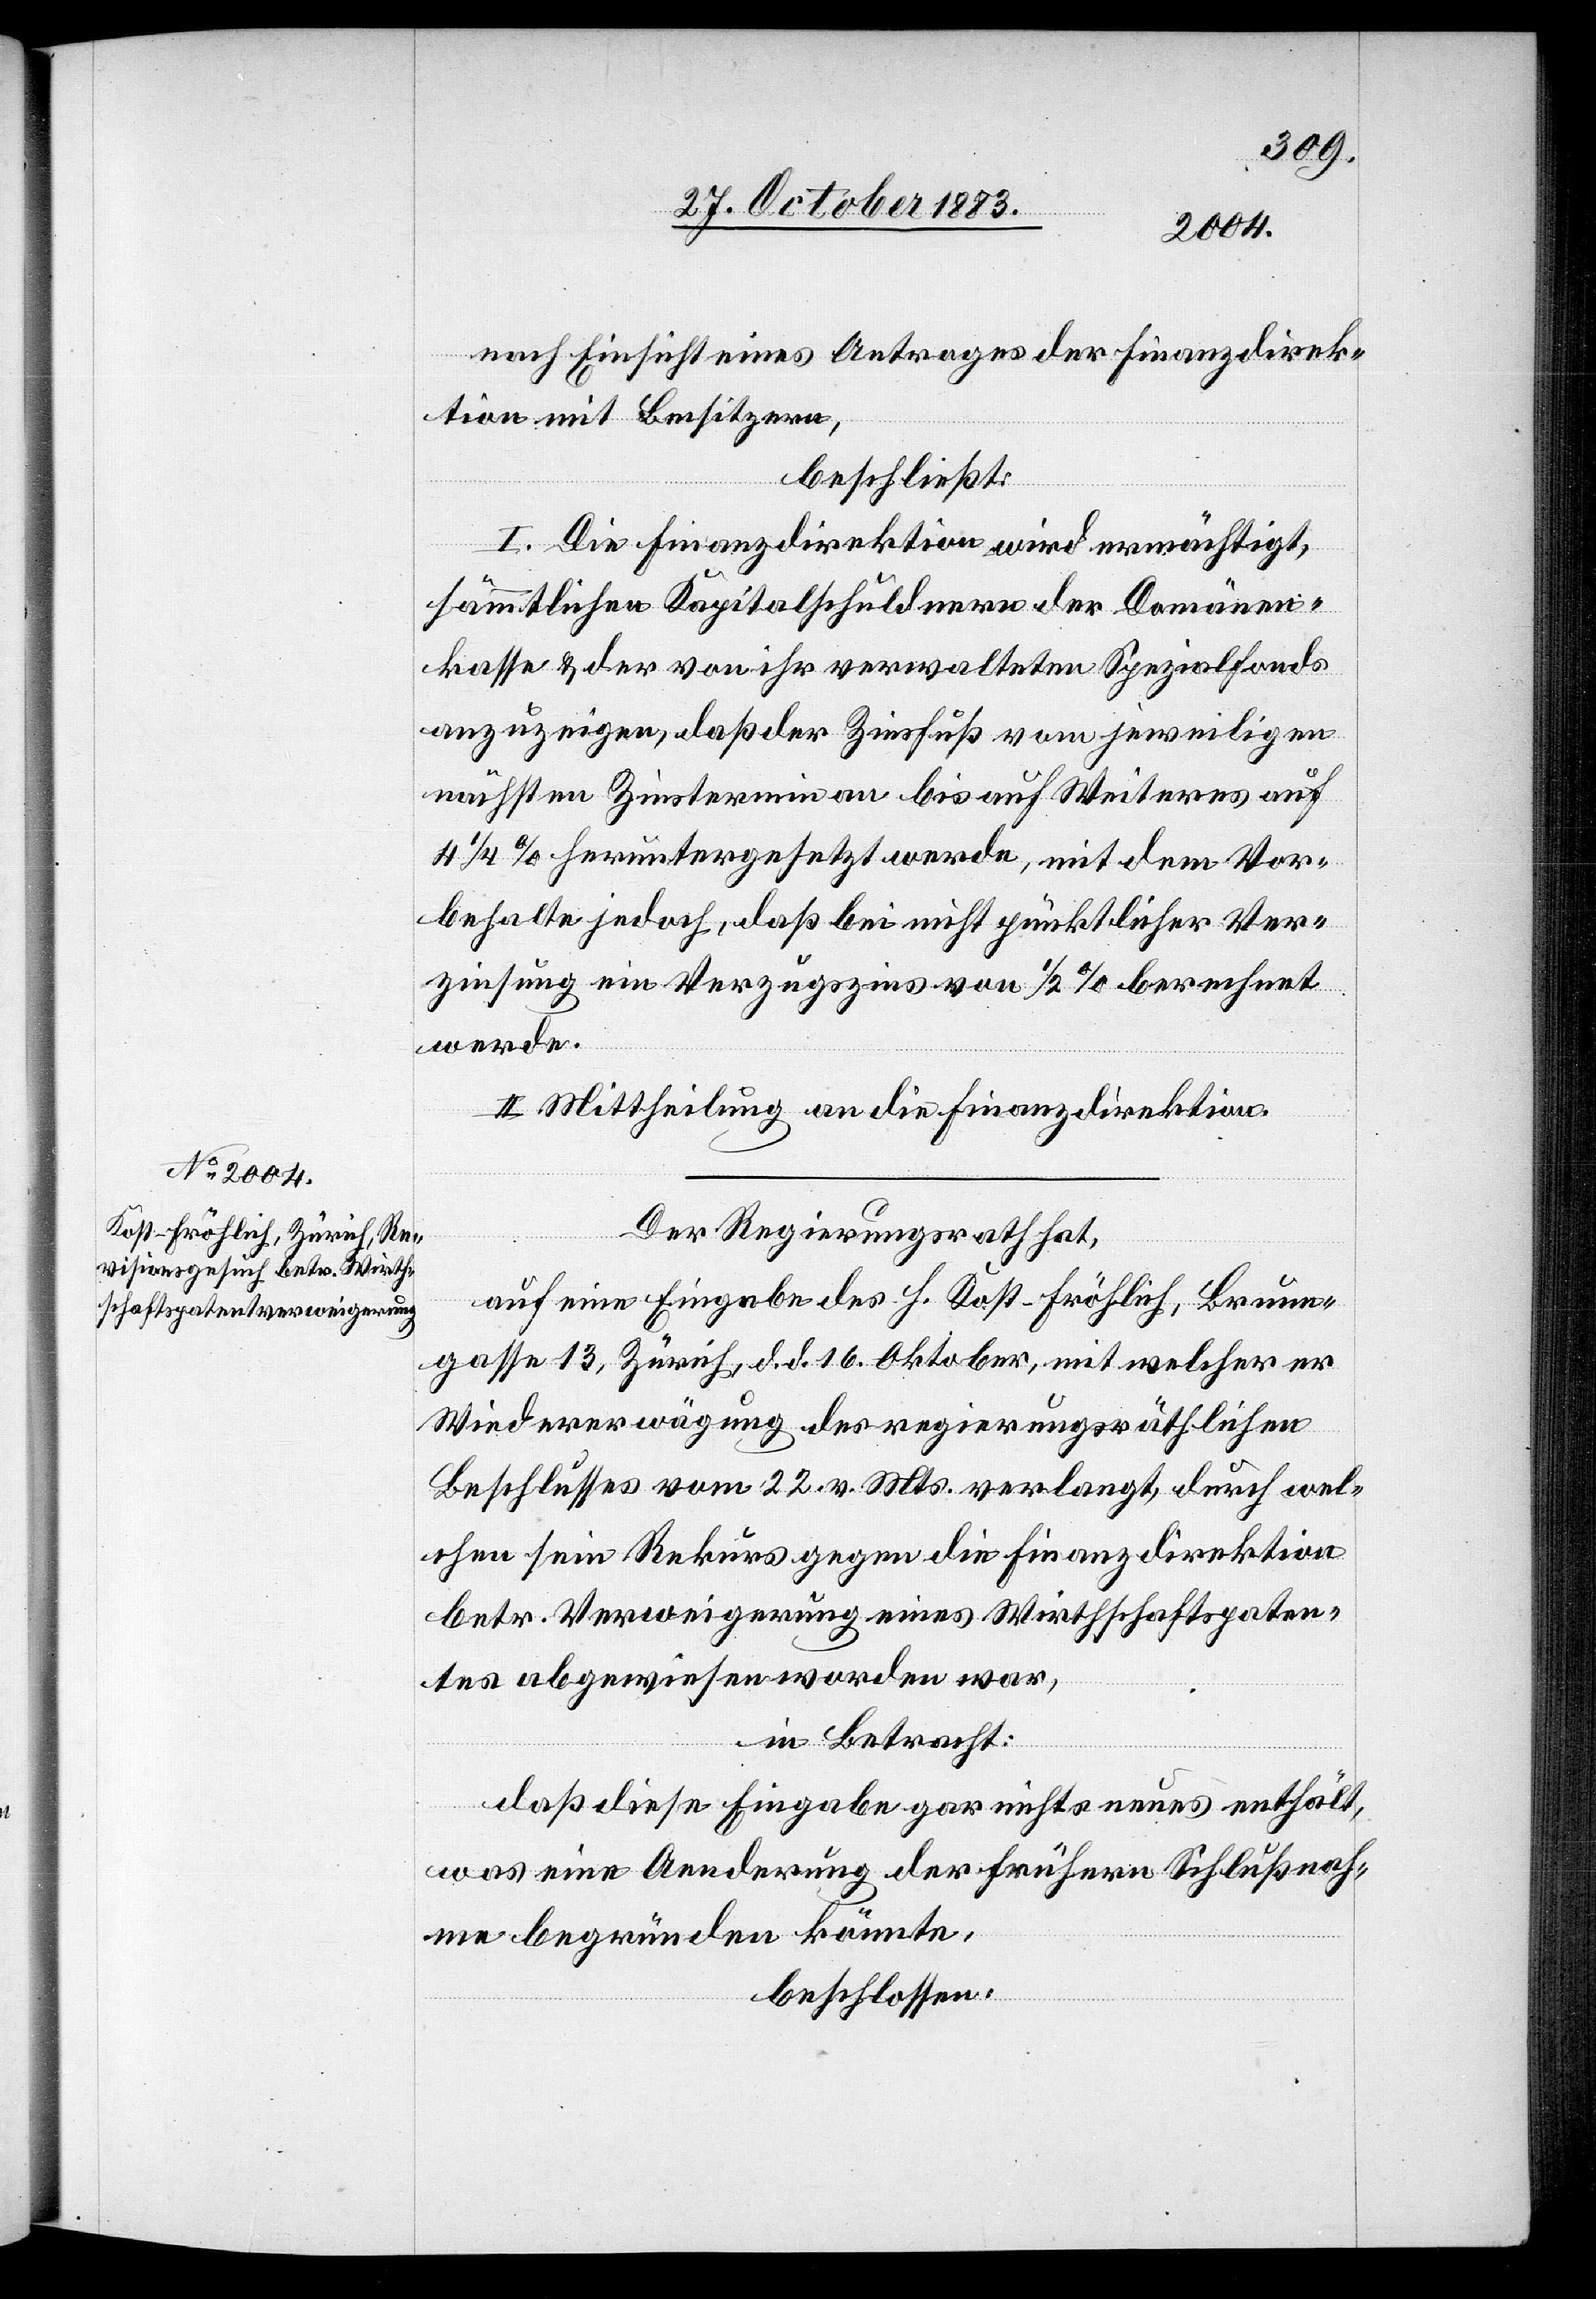
nach Einsicht eines Antrages der Finanzdirek¬
tion mit Beisitzern,
beschließt:
I. Die Finanzdirektion wird ermächtigt,
sämmtlichen Kapitalschuldnern der Domänen¬
kasse & der von ihr verwalteten Spezialfonds
anzuzeigen, daß der Zinsfuß vom jeweiligen
nächsten Zinstermin an bis auf Weiteres auf
4 1/4% heruntergesetzt werden, mit dem Vor¬
behalte jedoch, daß bei nicht glücklicher Ver¬
zinsung ein Verzugszins von 1/2% berechnet
werde.
II. Mittheilung an die Finanzdirektion.
Der Regierungsrath hat,
auf eine Eingabe des H. Kost-Fröhlich, Brunnen¬
gasse 13 Zürich, d. d. 16. Oktober, mit welcher er
Wiedererwägung des regierungsräthlichen
Beschlusses vom 22. v. Mts. verlangt, durch wel¬
chen sein Rekurs gegen die Finanzdirektion
betr. Verweigerung eines Wirthschaftspaten¬
tes abgewiesen worden war,
in Betracht:
daß diese Eingabe gar nichts neues enthält,
was eine Aenderung der frühern Schlußnah¬
me begründen könnte,
beschlossen: